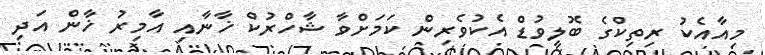
މިއާއެކު ރިތިކްގެ ބޮލީވުޑް އެކުވެރިން ކަމަށްވާ ޝާހްރުކް ޚާނާއި އާމިރު ޚާން އަދި